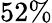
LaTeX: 52\%